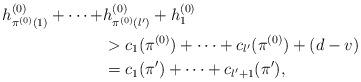
LaTeX: \begin{align*}h_{\pi^{(0)}(1)}^{(0)}+\dots+&h_{\pi^{(0)}(l')}^{(0)}+h_1^{(0)}\\&>c_1(\pi^{(0)})+\dots+c_{l'}(\pi^{(0)})+(d-v)\\&=c_1(\pi')+\dots+c_{l'+1}(\pi'),\end{align*}